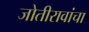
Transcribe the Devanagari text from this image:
जोतीरावांचा